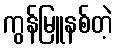
ကွန်မြူနစ်တဲ့